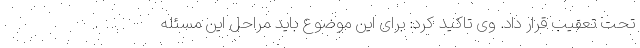
تحت تعقیب قرار داد. وی تاکید کرد: برای این موضوع باید مراحل این مسئله